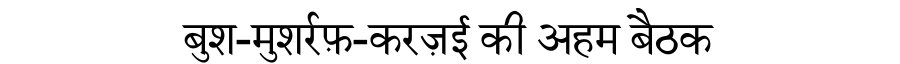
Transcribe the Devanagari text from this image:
बुश-मुशर्रफ़-करज़ई की अहम बैठक